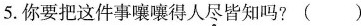
5.你要把这件事嚷嚷得人尽皆知吗?()